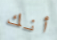
أنك